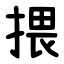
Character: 揋